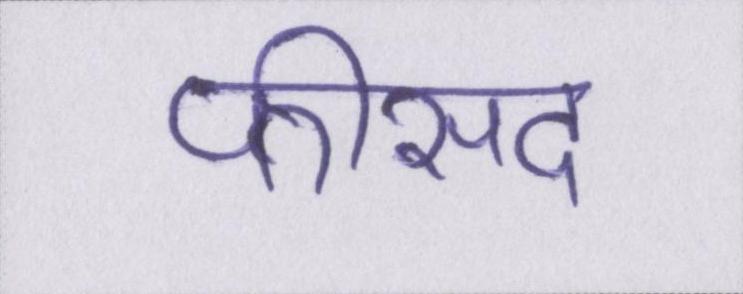
फीसद